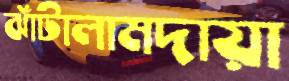
ঝাঁটালামদায়া